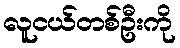
လူငယ်တစ်ဦးကို